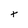
Character: t